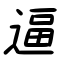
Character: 逼